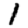
Digit: 1